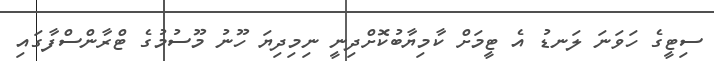
ސިޓީގެ ހަވަނަ ލަނޑު އެ ޓީމަށް ކާމިޔާބުކޮށްދިނީ ނިމިދިޔަ ހޫނު މޫސުމުގެ ޓްރާންސްފާގައި